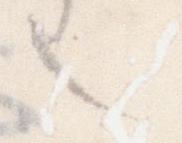
也